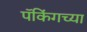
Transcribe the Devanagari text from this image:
पॅकिंगच्या